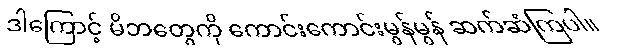
ဒါကြောင့် မိဘတွေကို ကောင်းကောင်းမွန်မွန် ဆက်ဆံကြပါ။